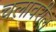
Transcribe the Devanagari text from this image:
चलावरील